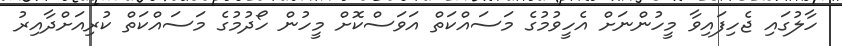
ހާލުގައި ޖެހިފައިވާ މީހުންނަށް އެހީވުމުގެ މަސައްކަތް އަވަސްކޮށް މީހުން ހޯދުމުގެ މަސައްކަތް ކުރިއަށްދާއިރު